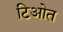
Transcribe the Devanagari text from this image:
टिओत